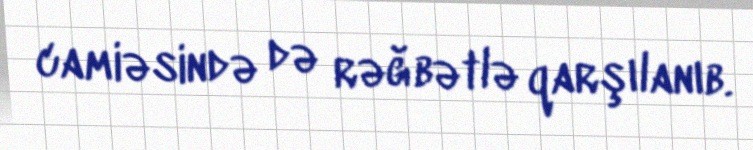
camiəsində də rəğbətlə qarşılanıb.